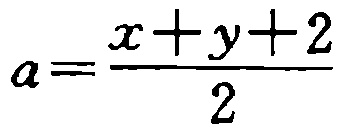
\(a=\frac{x + y + 2}{2}\)